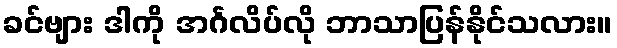
ခင်ဗျား ဒါကို အင်္ဂလိပ်လို ဘာသာပြန်နိုင်သလား။